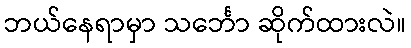
ဘယ်နေရာမှာ သင်္ဘော ဆိုက်ထားလဲ။